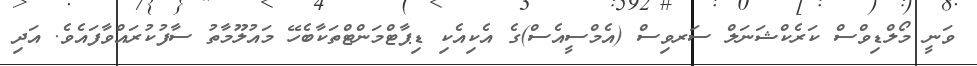
ވަނީ މޯލްޑިވްސް ކަރެކްޝަނަލް ސަރވިސް (އެމްސީއެސް)ގެ އެކިއެކި ޑިޕާޓްމަންޓްތަކާބެހޭ މައުލޫމާތު ސާފުކުރައްވާފައެވެ. އަދި